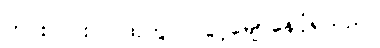
ဟင်းလင်းပြင်ထဲတွင် လွင့်မျောနေပုံရသည်။